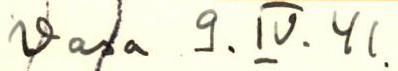
Vasa 9.IV.41